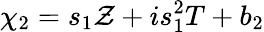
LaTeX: \chi_{2}=s_{1}\mathcal{Z}+is_{1}^{2}T+b_{2}